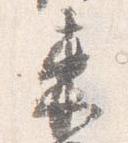
束